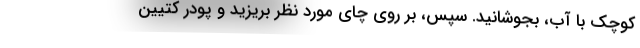
کوچک با آب، بجوشانید. سپس، بر روی چای مورد نظر بریزید و پودر کتیین